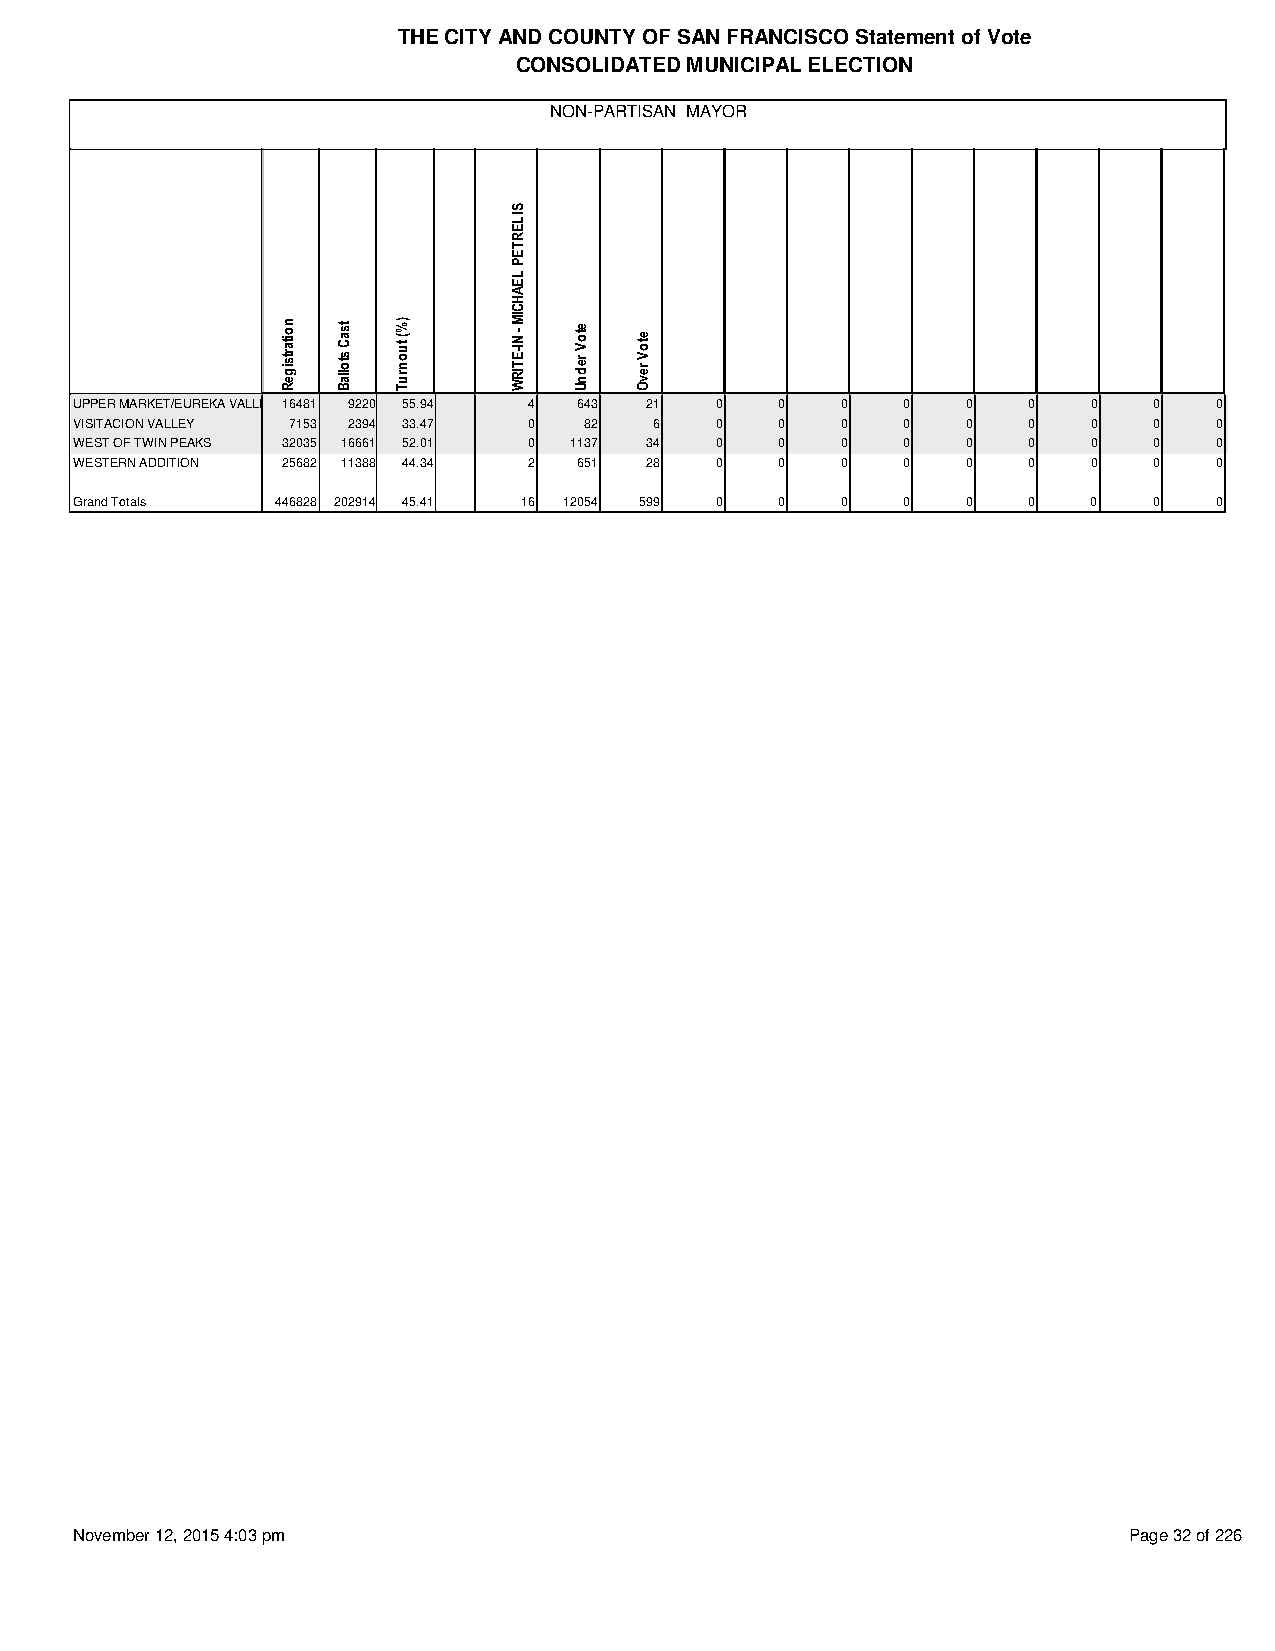
THE CITY AND COUNTY OF SAN FRANCISCO Statement of Vote
 CONSOLIDATED MUNICIPAL ELECTION
 NON-PARTISAN MAYOR
 UPPER MARKET/EUREKA VALLEY 16481 9220 55.94 4 643 21 0 0 0 0 0 0   0   0   0
 VISITACION VALLEY 7153 2394 33.47 0 82 6  0    0   0   0   0   0   0   0   0
 WEST OF TWIN PEAKS 32035 16661 52.01 0 1137 34 0 0 0   0   0   0   0   0   0
 WESTERN ADDITION 25682 11388 44.34 2 651 28 0  0   0   0   0   0   0   0   0
 Grand Totals 446828 202914 45.41 16 12054 599 0 0  0   0   0   0   0   0   0
 November 12, 2015 4:03 pm                                             Page 32 of 226
 noitartsigeR tsaC
 stollaB
 )%( tuonruT
 SILERTEP
 LEAHCIM
 - NI-ETIRW etoV
 rednU
 etoV
 revO